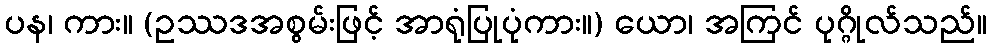
ပန၊ ကား။ (ဥဿဒအစွမ်းဖြင့် အာရုံပြုပုံကား။) ယော၊ အကြင် ပုဂ္ဂိုလ်သည်။